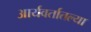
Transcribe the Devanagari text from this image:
आर्यवर्तातल्या